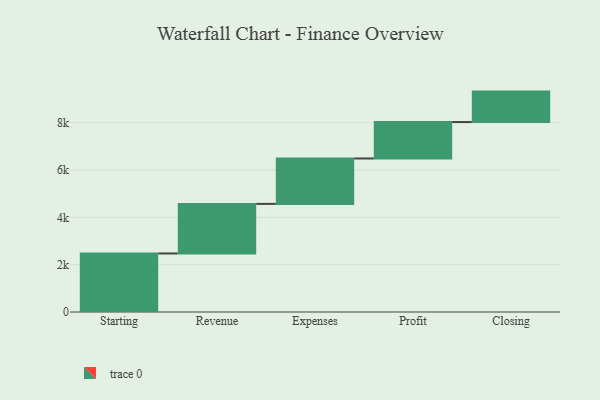
{"axis": {"x": "Step", "y": "Value"}, "legend": [""], "data": [{"x": "Starting", "y": 2474.0, "type": ""}, {"x": "Revenue", "y": 2095.0, "type": ""}, {"x": "Expenses", "y": 1919.0, "type": ""}, {"x": "Profit", "y": 1539.0, "type": ""}, {"x": "Closing", "y": 1287.0, "type": ""}]}